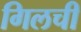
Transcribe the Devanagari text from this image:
गिलची